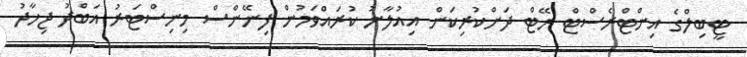
ޓީބިލްގެ އިންޓްރެސްޓް ރޭޓް ދަށްކުރިކަން އިއުލާނު ކުރައްވަމުން ފިނޭންސް މިނިސްޓަރު އަބްދު ޖިހާދު